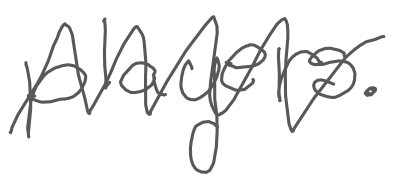
Text: players.
Cross-out: zig-zag
Writing tool: digital_gray